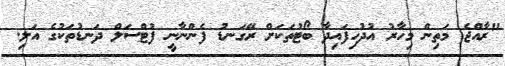
"ރާއްޖެ މަތިން މިހާރު އުދުހިފައިދާ ބޯޓުތަކަށް ރޭގަނޑު ފެންނާނީ ފުޓްސަލް ދަނޑުތަކުގެ އަލި.